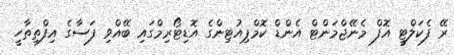
ރޭ ފެކަލްޓީ އޮފް މެނޭޖްމަންޓް އެންޑް ކޮމްޕިއުޓިންގެ އޮޑިޓޯރިމްގައި ބޭއްވި ފަސާގެ އިފްތިތާހީ